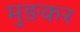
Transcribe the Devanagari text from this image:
मुङकर